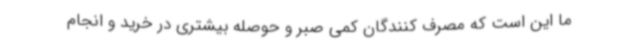
ما این است که مصرف کنندگان کمی صبر و حوصله بیشتری در خرید و انجام